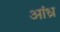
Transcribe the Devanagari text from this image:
अांध्र